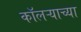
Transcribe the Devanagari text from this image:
कॉलऱ्याच्या